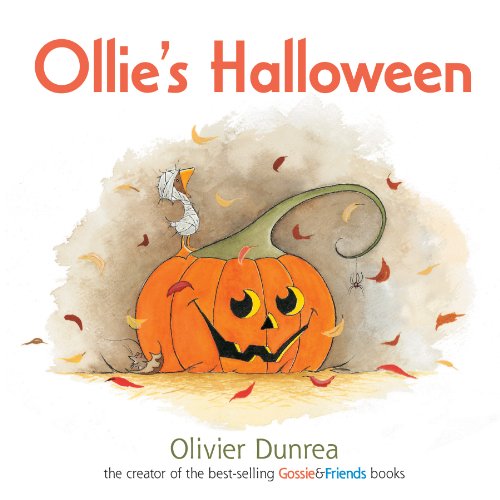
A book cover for Ollie's Halloween Board Book (Gossie & Friends); Olivier Dunrea; Children's Books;